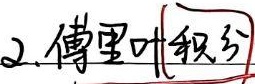
2. 傅里叶积分